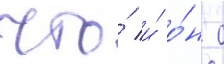
что́ и́ о́н с